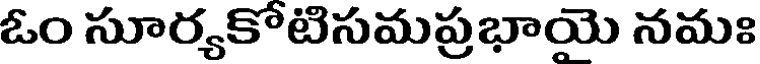
ఓం సూర్యకోటిసమప్రభాయె నమః